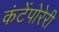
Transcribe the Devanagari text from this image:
कंटेंपोरेरी